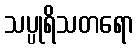
သပ္ပုရိသတရော